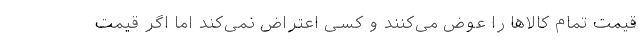
قیمت تمام کالاها را عوض می‌کنند و کسی اعتراض نمی‌کند اما اگر قیمت